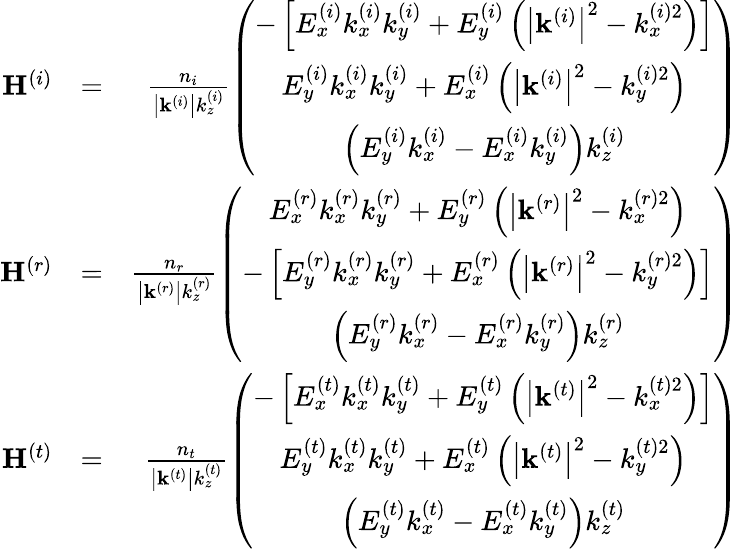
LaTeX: \begin{array}{rlr}{\mathbf{H}^{\left(i\right)}}&{=}&{\frac{n_{i}}{\left\vert\mathbf{k}^{\left(i\right)}\right\vert k_{z}^{\left(i\right)}}\left(\begin{array}{c}{-\left[E_{x}^{\left(i\right)}k_{x}^{\left(i\right)}k_{y}^{\left(i\right)}+E_{y}^{\left(i\right)}\left(\left\vert\mathbf{k}^{\left(i\right)}\right\vert^{2}-k_{x}^{\left(i\right)2}\right)\right]}\\ {E_{y}^{\left(i\right)}k_{x}^{\left(i\right)}k_{y}^{\left(i\right)}+E_{x}^{\left(i\right)}\left(\left\vert\mathbf{k}^{\left(i\right)}\right\vert^{2}-k_{y}^{\left(i\right)2}\right)}\\ {\left(E_{y}^{\left(i\right)}k_{x}^{\left(i\right)}-E_{x}^{\left(i\right)}k_{y}^{\left(i\right)}\right)k_{z}^{\left(i\right)}}\end{array}\right)}\\ {\mathbf{H}^{\left(r\right)}}&{=}&{\frac{n_{r}}{\left\vert\mathbf{k}^{\left(r\right)}\right\vert k_{z}^{\left(r\right)}}\left(\begin{array}{c}{E_{x}^{\left(r\right)}k_{x}^{\left(r\right)}k_{y}^{\left(r\right)}+E_{y}^{\left(r\right)}\left(\left\vert\mathbf{k}^{\left(r\right)}\right\vert^{2}-k_{x}^{\left(r\right)2}\right)}\\ {-\left[E_{y}^{\left(r\right)}k_{x}^{\left(r\right)}k_{y}^{\left(r\right)}+E_{x}^{\left(r\right)}\left(\left\vert\mathbf{k}^{\left(r\right)}\right\vert^{2}-k_{y}^{\left(r\right)2}\right)\right]}\\ {\left(E_{y}^{\left(r\right)}k_{x}^{\left(r\right)}-E_{x}^{\left(r\right)}k_{y}^{\left(r\right)}\right)k_{z}^{\left(r\right)}}\end{array}\right)}\\ {\mathbf{H}^{\left(t\right)}}&{=}&{\frac{n_{t}}{\left\vert\mathbf{k}^{\left(t\right)}\right\vert k_{z}^{\left(t\right)}}\left(\begin{array}{c}{-\left[E_{x}^{\left(t\right)}k_{x}^{\left(t\right)}k_{y}^{\left(t\right)}+E_{y}^{\left(t\right)}\left(\left\vert\mathbf{k}^{\left(t\right)}\right\vert^{2}-k_{x}^{\left(t\right)2}\right)\right]}\\ {E_{y}^{\left(t\right)}k_{x}^{\left(t\right)}k_{y}^{\left(t\right)}+E_{x}^{\left(t\right)}\left(\left\vert\mathbf{k}^{\left(t\right)}\right\vert^{2}-k_{y}^{\left(t\right)2}\right)}\\ {\left(E_{y}^{\left(t\right)}k_{x}^{\left(t\right)}-E_{x}^{\left(t\right)}k_{y}^{\left(t\right)}\right)k_{z}^{\left(t\right)}}\end{array}\right)}\end{array}